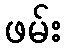
ဖမ်း